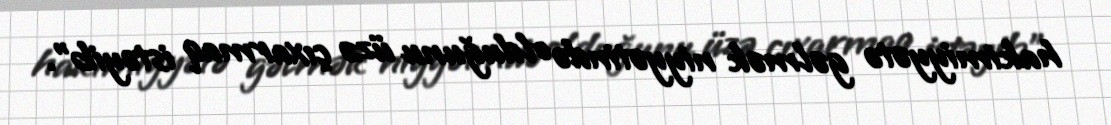
hakimiyyətə gəlmək niyyətində olduğunu üzə çıxarmaq istəyib”.